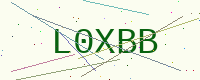
Text: L0XBB